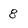
Character: 8